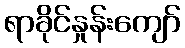
ရာခိုင်နှုန်းကျော်